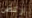
اركض